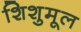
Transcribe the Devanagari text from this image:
शिशुमूल